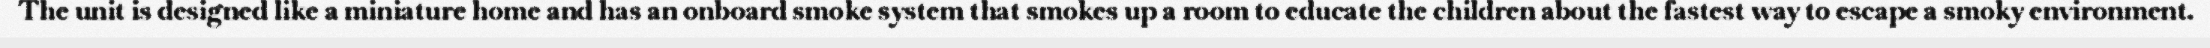
The unit is designed like a miniature home and has an onboard smoke system that smokes up a room to educate the children about the fastest way to escape a smoky environment.